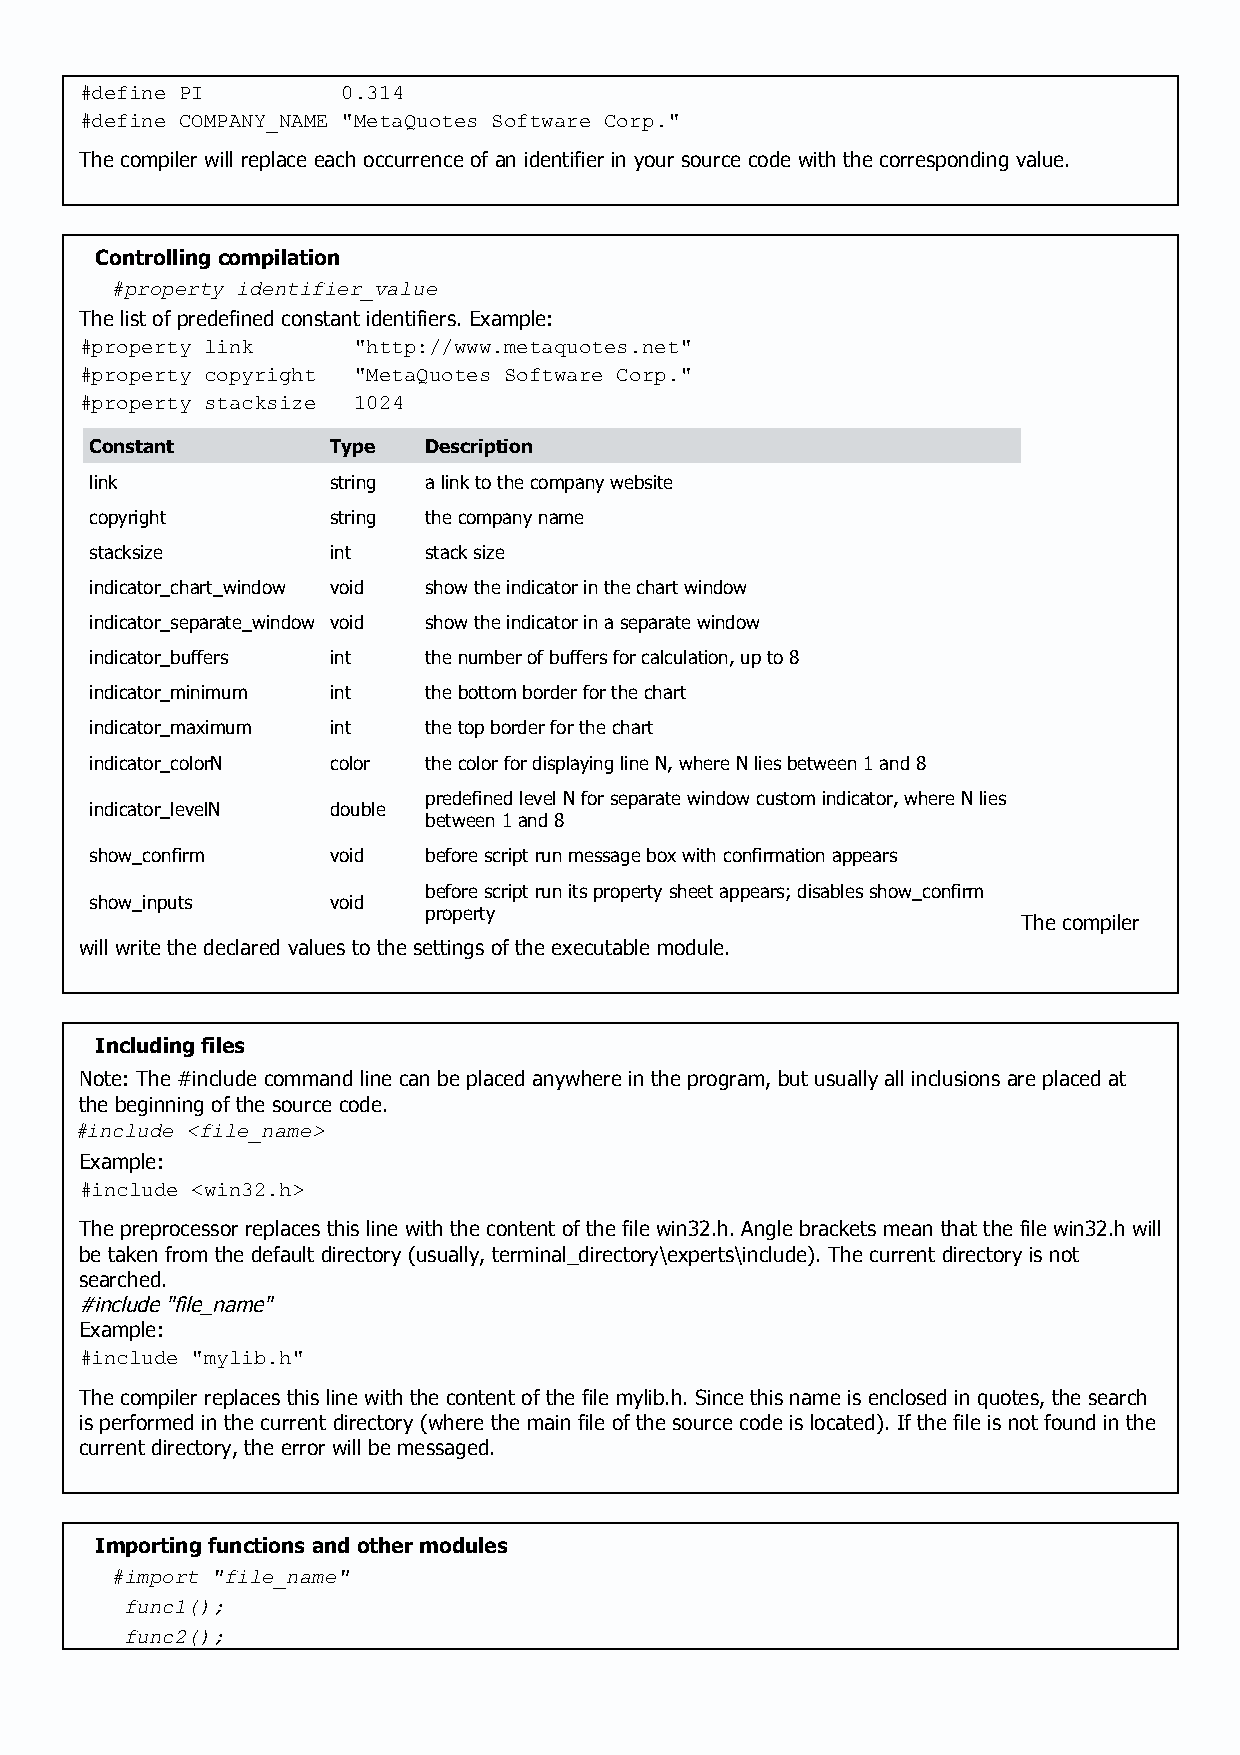
#define PI        0.314
 #define COMPANY_NAME "MetaQuotes Software Corp."
 The compiler will replace each occurrence of an identifier in your source code with the corresponding value.
 Controlling compilation
 #property identifier_value
 The list of predefined constant identifiers. Example:
 #property link    "http://www.metaquotes.net"
 #property copyright "MetaQuotes Software Corp."
 #property stacksize 1024
 Constant        Type  Description
 link            string a link to the company website
 copyright       string the company name
 stacksize       int   stack size
 indicator_chart_window void show the indicator in the chart window
 indicator_separate_window void show the indicator in a separate window
 indicator_buffers int the number of buffers for calculation, up to 8
 indicator_minimum int the bottom border for the chart
 indicator_maximum int the top border for the chart
 indicator_colorN color the color for displaying line N, where N lies between 1 and 8
 predefined level N for separate window custom indicator, where N lies
 indicator_levelN double
 between 1 and 8
 show_confirm    void  before script run message box with confirmation appears
 before script run its property sheet appears; disables show_confirm
 show_inputs     void
 property
 The compiler
 will write the declared values to the settings of the executable module.
 Including files
 Note: The #include command line can be placed anywhere in the program, but usually all inclusions are placed at
 the beginning of the source code.
 #include <file_name>
 Example:
 #include <win32.h>
 The preprocessor replaces this line with the content of the file win32.h. Angle brackets mean that the file win32.h will
 be taken from the default directory (usually, terminal_directory\experts\include). The current directory is not
 searched.
 #include "file_name"
 Example:
 #include "mylib.h"
 The compiler replaces this line with the content of the file mylib.h. Since this name is enclosed in quotes, the search
 is performed in the current directory (where the main file of the source code is located). If the file is not found in the
 current directory, the error will be messaged.
 Importing functions and other modules
 #import "file_name"
 func1();
 func2();